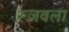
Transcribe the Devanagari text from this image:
रूजवला